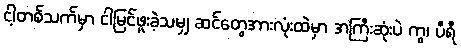
ငါ့တစ်သက်မှာ ငါမြင်ဖူးခဲ့သမျှ ဆင်တွေအားလုံးထဲမှာ အကြီးဆုံးပဲ ကွ၊ ပီရီ